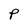
Character: P